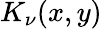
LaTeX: K_{\nu}(x,y)